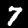
Digit: 7